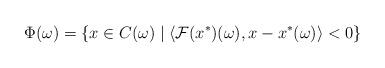
LaTeX: \begin{align*}\Phi(\omega)=\{x\in C(\omega)\mid \langle\mathcal{F}(x^*)(\omega), x-x^*(\omega)\rangle<0\}\end{align*}